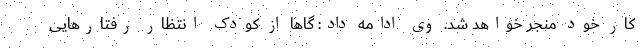
کار خود منجر خواهد شد. وی ادامه داد: گاها از کودک انتظار رفتارهایی